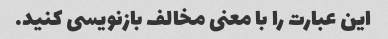
این عبارت را با معنی مخالف بازنویسی کنید.